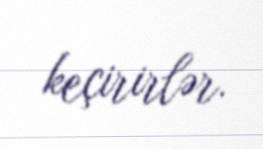
keçirirlər.